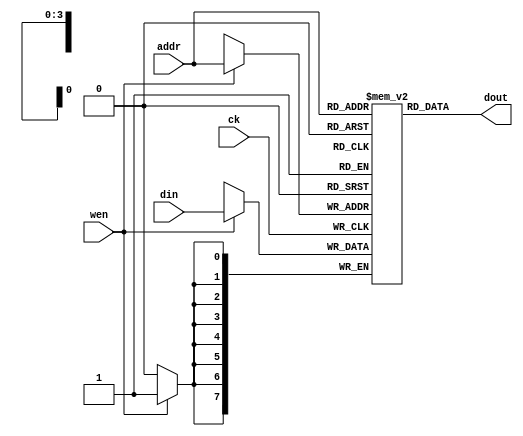
module ram16x8
(
    input        ck,
    input        wen,
    input  [3:0] addr,
    input  [7:0] din,
    output [7:0] dout
);

reg [7:0] mem [0:'hF]; // equivalent to reg [7:0] mem [0:15];

// synchronous write
always @(posedge ck) begin
    if(wen) begin
        mem[addr] <= din;
    end
end

// asynchronous read
assign dout = mem[addr];

endmodule